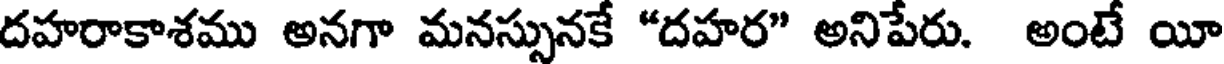
దహరాకాశము అనగా మనస్సునకే "దహర" అనిపేరు. అంటే యీ